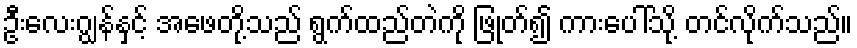
ဦးလေးဂျွန်နှင့် အဖေတို့သည် ရွက်ထည်တဲကို ဖြုတ်၍ ကားပေါ်သို့ တင်လိုက်သည်။